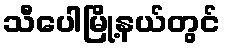
သီပေါမြို့နယ်တွင်